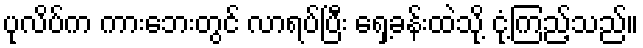
ပုလိပ်က ကားဘေးတွင် လာရပ်ပြီး ရှေ့ခန်းထဲသို့ ငုံ့ကြည့်သည်။